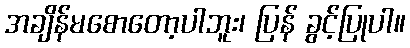
အချိန်မစောတော့ပါဘူး၊ ပြန် ခွင့်ပြုပါ။